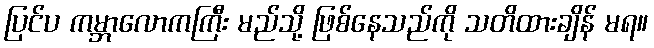
ပြင်ပ ကမ္ဘာလောကကြီး မည်သို့ ဖြစ်နေသည်ကို သတိထားချိန် မရ။